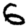
Digit: 6